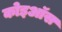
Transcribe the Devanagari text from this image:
कोइऑस